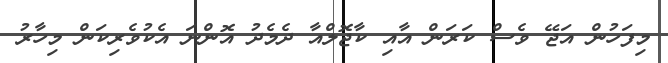
މިފަހުން އަޖޭ ވެސް ކަރަން އާއި ކާޖޮލްއާ ދެމެދު އޮންނަ އެކުވެރިކަން މިހާރު